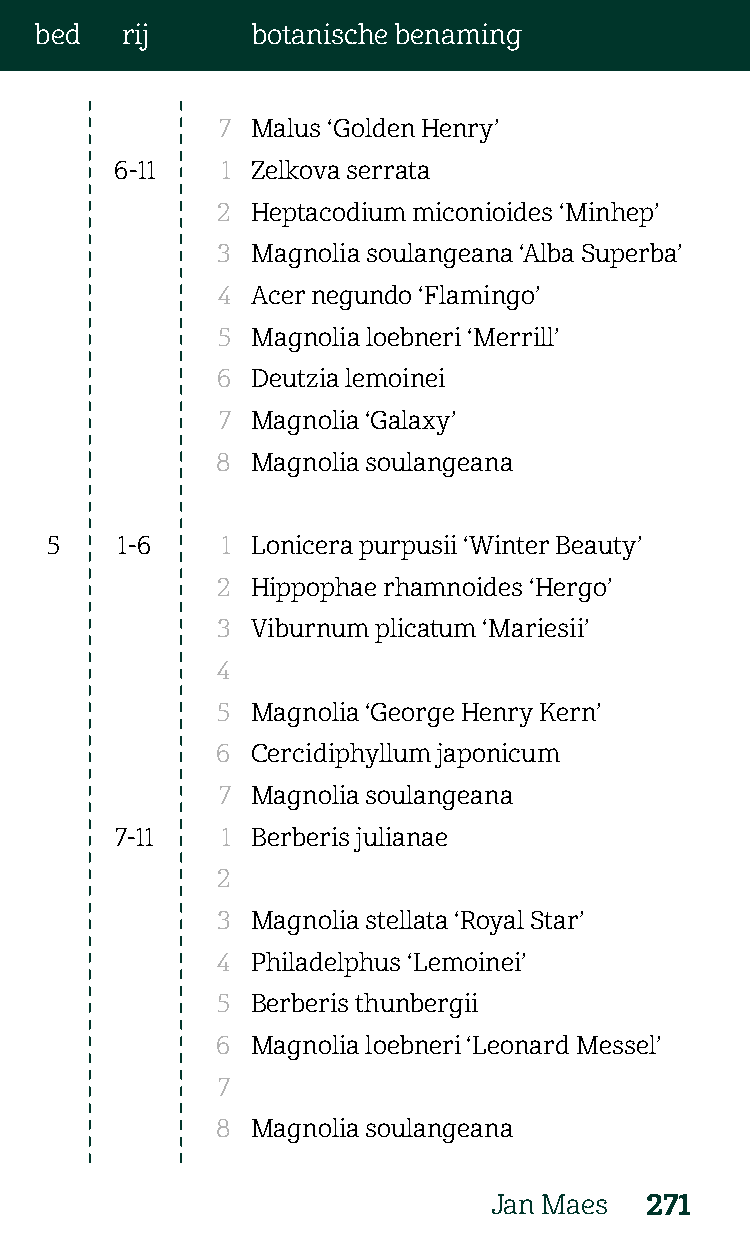
bed   rij      botanische benaming
 7  Malus ‘Golden Henry’
 6-11   1 Zelkova serrata
 2  Heptacodium miconioides ‘Minhep’
 3  Magnolia soulangeana ‘Alba Superba’
 4  Acer negundo ‘Flamingo’
 5  Magnolia loebneri ‘Merrill’
 6  Deutzia lemoinei
 7  Magnolia ‘Galaxy’
 8  Magnolia soulangeana
 5    1-6    1 Lonicera purpusii ‘Winter Beauty’
 2  Hippophae rhamnoides ‘Hergo’
 3  Viburnum plicatum ‘Mariesii’
 4
 5  Magnolia ‘George Henry Kern’
 6  Cercidiphyllum japonicum
 7  Magnolia soulangeana
 7-11   1 Berberis julianae
 2
 3  Magnolia stellata ‘Royal Star’
 4  Philadelphus ‘Lemoinei’
 5  Berberis thunbergii
 6  Magnolia loebneri ‘Leonard Messel’
 7
 8  Magnolia soulangeana
 Jan Maes   271